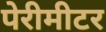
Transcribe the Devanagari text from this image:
पेरीमीटर